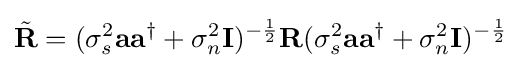
{\tilde {\mathbf {R} }}=(\sigma _{s}^{2}\mathbf {a} \mathbf {a} ^{\dagger }+\sigma _{n}^{2}\mathbf {I} )^{-{\frac {1}{2}}}\mathbf {R} (\sigma _{s}^{2}\mathbf {a} \mathbf {a} ^{\dagger }+\sigma _{n}^{2}\mathbf {I} )^{-{\frac {1}{2}}}